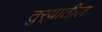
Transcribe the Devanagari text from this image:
तुर्‍यातील